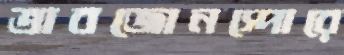
ত্রাবজোনস্পোরে